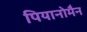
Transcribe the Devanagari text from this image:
पियानोमैन